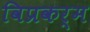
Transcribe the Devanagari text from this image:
विप्रकर्म